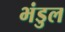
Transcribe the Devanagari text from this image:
भंडुल